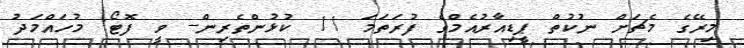
މިރޭގެ މެޗަށް ނުކުތް ޕީޑިއާރުއެމްގެ ފުރަތަމަ 11 ކުޅުންތެރިން-- ވީ ފޮޓޯ: މުހައްމަދު